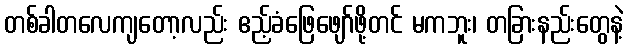
တစ်ခါတလေကျတော့လည်း ဧည့်ခံဖြေဖျော်ဖို့တင် မကဘူး၊ တခြားနည်းတွေနဲ့